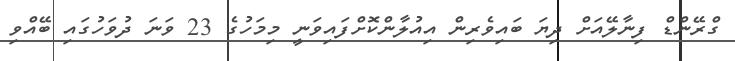
ގްރޭންޑް ފިނާލޭއަށް ދިޔަ ބައިވެރިން އިއުލާންކޮށްފައިވަނީ މިމަހުގެ 23 ވަނަ ދުވަހުގައި ބޭއްވި